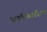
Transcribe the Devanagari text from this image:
यादृच्छिकरित्या